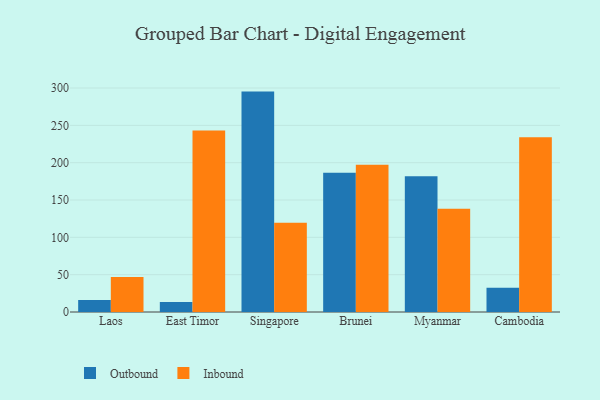
{"axis": {"x": "Country", "y": "Waste Production (Tons)"}, "legend": ["Inbound", "Outbound"], "data": [{"x": "Laos", "y": 16.2, "type": "Outbound"}, {"x": "Laos", "y": 46.9, "type": "Inbound"}, {"x": "East Timor", "y": 13.4, "type": "Outbound"}, {"x": "East Timor", "y": 243.0, "type": "Inbound"}, {"x": "Singapore", "y": 295.2, "type": "Outbound"}, {"x": "Singapore", "y": 119.7, "type": "Inbound"}, {"x": "Brunei", "y": 186.5, "type": "Outbound"}, {"x": "Brunei", "y": 197.1, "type": "Inbound"}, {"x": "Myanmar", "y": 181.8, "type": "Outbound"}, {"x": "Myanmar", "y": 138.2, "type": "Inbound"}, {"x": "Cambodia", "y": 32.6, "type": "Outbound"}, {"x": "Cambodia", "y": 234.1, "type": "Inbound"}]}